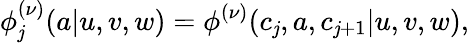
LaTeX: \phi_{\mathit{j}}^{(\nu)}(a|u,v,w)=\phi^{(\nu)}(c_{\mathit{j}},a,c_{\mathit{j}+1}|u,v,w),